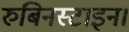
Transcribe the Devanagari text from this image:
रुबिनस्टाइन।